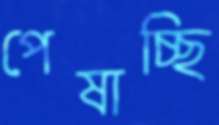
পেষাচ্ছি